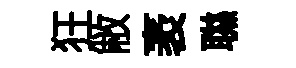
狂敝袤聮